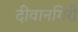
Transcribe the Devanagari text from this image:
दीवानगिरी